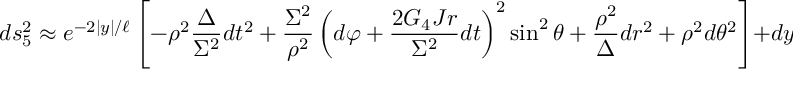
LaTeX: d s _ { 5 } ^ { 2 } \approx e ^ { - 2 | y | / \ell } \left[ - \rho ^ { 2 } \frac { \Delta } { \Sigma ^ { 2 } } d t ^ { 2 } + \frac { \Sigma ^ { 2 } } { \rho ^ { 2 } } \left( d \varphi + \frac { 2 G _ { 4 } J r } { \Sigma ^ { 2 } } d t \right) ^ { 2 } \sin ^ { 2 } { \theta } + \frac { \rho ^ { 2 } } { \Delta } d r ^ { 2 } + \rho ^ { 2 } d \theta ^ { 2 } \right] + d y ^ { 2 } ,